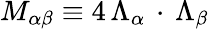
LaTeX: M_{\alpha\beta}\equiv 4\, \Lambda_{\alpha}\, \cdot\, \Lambda_{\beta}